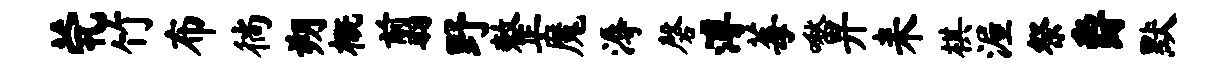
茕竹布徜朔概翦野整魔溽磬溥莓啾畀耒棋渥祭爵默